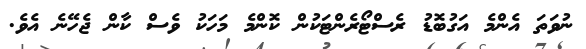
ނުވަތަ އެންމެ އަގުބޮޑު ރެސްޓޯރެންޓަކުން ކޮންމެ މަހަކު ވެސް ކާން ޖެހޭނެ އެވެ.